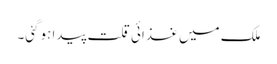
ملک میں غذائی قلت پیدا ہوگئی۔